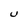
Character: U